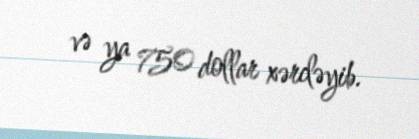
və ya 750 dollar xərcləyib.